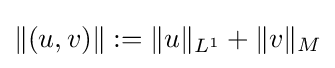
\|(u,v)\|:=\|u\|_{L^{1}}+\|v\|_{M}